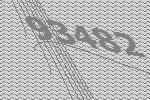
93482